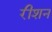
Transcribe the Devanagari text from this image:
रीशन